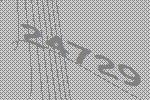
24729